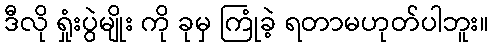
ဒီလို ရှုံးပွဲမျိုး ကို ခုမှ ကြုံခဲ့ ရတာမဟုတ်ပါဘူး။